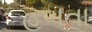
હબતા